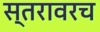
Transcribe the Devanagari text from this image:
स्तरावरच